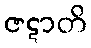
ဇဋာတိ